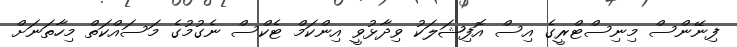
ފިނޭންސް މިނިސްޓްރީގެ އިސް އޮފިޝަލަކު ވިދާޅުވީ އިންކަމް ޓެކްސް ނެގުމުގެ މަސައްކަތް މިހާތަނަށް